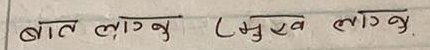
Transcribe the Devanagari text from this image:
बात लाग्नु (मुख लाग्नु.